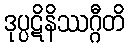
ဒုပ္ပဋိနိဿဂ္ဂီတိ